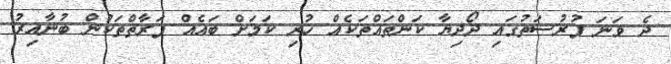
ދެ ވަނަ ފުރުސަތުގައި ދޯދިޔާ ކަންތައްތަކެއް ހުރި ކަމަށް ބައެއް ފަރާތްތަކުން ބުނާއިރު